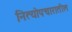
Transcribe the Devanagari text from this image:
नित्योपचारातील